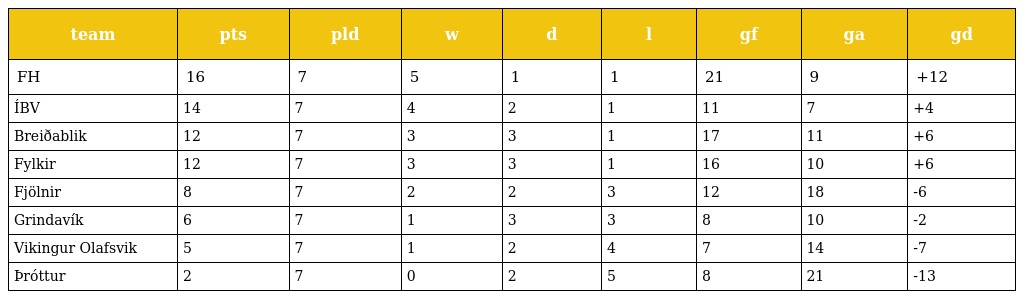
| team | pts | pld | w | d | l | gf | ga | gd |
 | --- | --- | --- | --- | --- | --- | --- | --- | --- |
 | FH | 16 | 7 | 5 | 1 | 1 | 21 | 9 | +12 |
 | ÍBV | 14 | 7 | 4 | 2 | 1 | 11 | 7 | +4 |
 | Breiðablik | 12 | 7 | 3 | 3 | 1 | 17 | 11 | +6 |
 | Fylkir | 12 | 7 | 3 | 3 | 1 | 16 | 10 | +6 |
 | Fjölnir | 8 | 7 | 2 | 2 | 3 | 12 | 18 | -6 |
 | Grindavík | 6 | 7 | 1 | 3 | 3 | 8 | 10 | -2 |
 | Vikingur Olafsvik | 5 | 7 | 1 | 2 | 4 | 7 | 14 | -7 |
 | Þróttur | 2 | 7 | 0 | 2 | 5 | 8 | 21 | -13 |